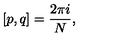
[ p , q ] = \frac { 2 \pi i } { N } ,